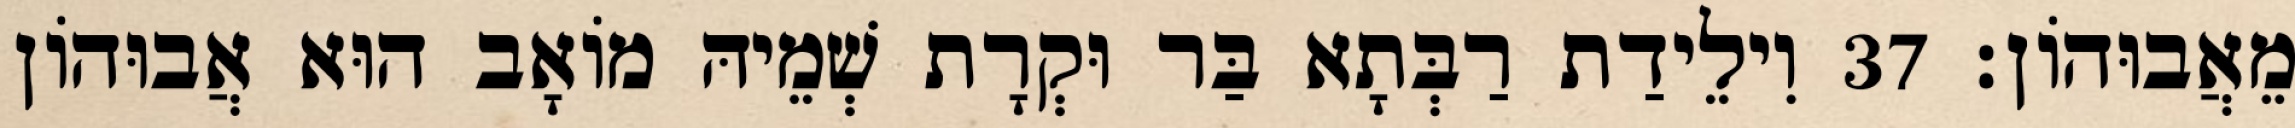
מֵאֲבוּהוֹן׃ 37 וִילֵידַת רַבְּתָא בַּר וּקְרָת שְׁמֵיהּ מוֹאָב הוּא אֲבוּהוֹן